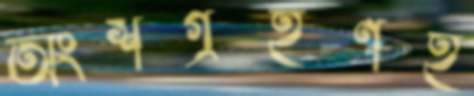
অংশগ্রহণই